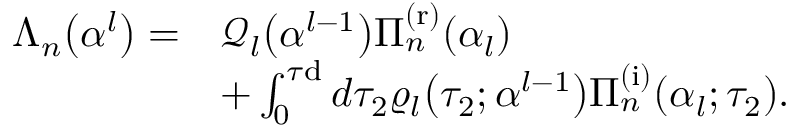
\begin{array} { r l } { \Lambda _ { n } \big ( \boldsymbol { \alpha } ^ { l } \big ) = } & { \mathcal { Q } _ { l } \big ( \boldsymbol { \alpha } ^ { l - 1 } \big ) \Pi _ { n } ^ { \mathrm { ( r ) } } ( \alpha _ { l } ) } \\ & { + \int _ { 0 } ^ { \tau \mathrm { d } } d \tau _ { 2 } \varrho _ { l } \big ( \tau _ { 2 } ; \boldsymbol { \alpha } ^ { l - 1 } \big ) \Pi _ { n } ^ { \mathrm { ( i ) } } ( \alpha _ { l } ; \tau _ { 2 } ) . } \end{array}